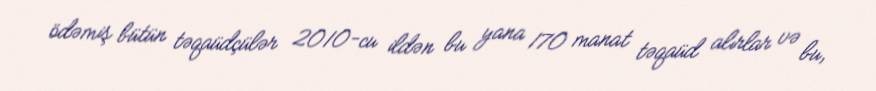
ödəmiş bütün təqaüdçülər 2010-cu ildən bu yana 170 manat təqaüd alırlar və bu,